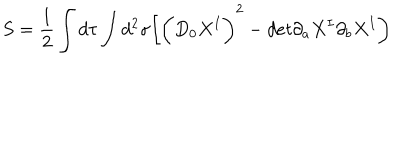
S = \frac { 1 } { 2 } \int d \tau \int d ^ { 2 } \sigma \biggl [ \biggl ( D _ { 0 } X ^ { I } \biggr ) ^ { 2 } - d e t \partial _ { a } X ^ { I } \partial _ { b } X ^ { I } \biggr )